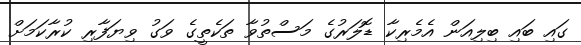
ގައި ބައި ބިލިއަން އެމެރިކާ ޑޮލަރުގެ މަސްތުވާ ތަކެތީގެ ވަގު ވިޔަފާރި ކުރާކަމަށް